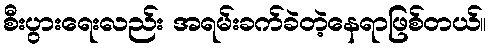
စီးပွားရေးလည်း အရမ်းခက်ခဲတဲ့နေရာဖြစ်တယ်။